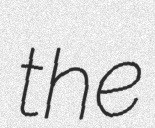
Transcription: the